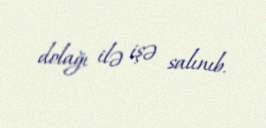
dolağı ilə işə salınıb.